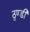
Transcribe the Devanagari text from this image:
ठुण्डी